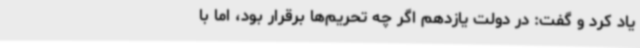
یاد کرد و گفت: در دولت یازدهم اگر چه تحریم‌ها برقرار بود، اما با